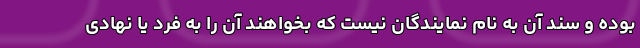
بوده و سند آن به نام نمایندگان نیست که بخواهند آن را به فرد یا نهادی